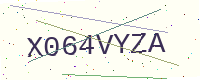
Text: X064VYZA